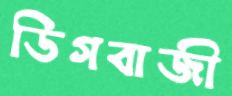
ডিগবাজী